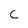
Character: C